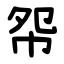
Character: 㠾